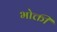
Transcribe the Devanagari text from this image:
भोक्ती